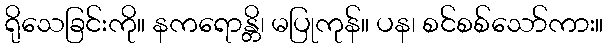
ရိုသေခြင်းကို။ နကရောန္တိ၊ မပြုကုန်။ ပန၊ စင်စစ်သော်ကား။